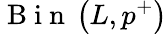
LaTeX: \mathrm{~B~i~n~}\left(L,p^{+}\right)